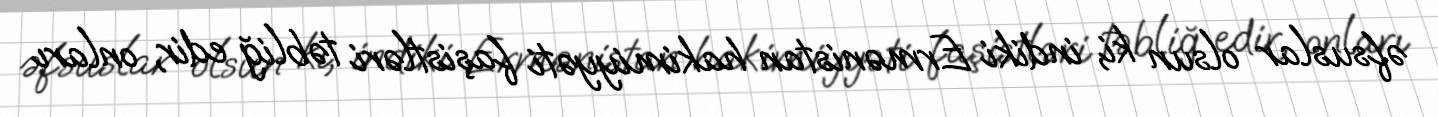
əfsuslar olsun ki, indiki Ermənistan hakimiyyəti faşistləri təbliğ edir, onları